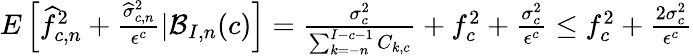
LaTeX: \begin{array}{r}{E\left[\widehat{f}_{c,n}^{2}+\frac{\widehat\sigma_{c,n}^{2}}{\epsilon^{c}}|\mathcal{B}_{I,n}(c)\right]=\frac{\sigma_{c}^{2}}{\sum_{k=-n}^{I-c-1}C_{k,c}}+f_{c}^{2}+\frac{\sigma_{c}^{2}}{\epsilon^{c}}\leq f_{c}^{2}+\frac{2\sigma_{c}^{2}}{\epsilon^{c}}}\end{array}